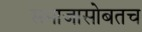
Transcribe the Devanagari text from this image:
समाजासोबतच